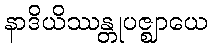
နာဒိယိဿန္တုပဇ္ဈာယေ